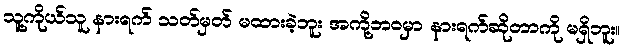
သူ့ကိုယ်သူ နားရက် သတ်မှတ် မထားခဲ့ဘူး အကို့ဘဝမှာ နားရက်ဆိုတာကို မရှိဘူး။